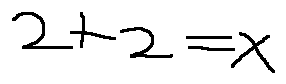
2 + 2 = x